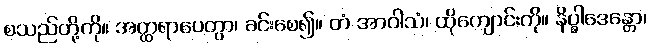
စသည်တို့ကို။ အတ္ထရာပေတွာ၊ ခင်းစေ၍။ တံ အာဝါသံ၊ ထိုကျောင်းကို။ နိပ္ဖါဒေန္တော၊